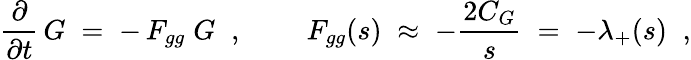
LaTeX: \frac{\partial}{\partial t}\, G\; =\; -\, F_{gg}\; G\; \; ,\; \; \; \; \; \; \; \; F_{gg}(s)\; \approx\; -\frac{2C_{G}}{s}\; =\; -\lambda_{+}(s)\; \; ,